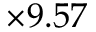
\times 9 . 5 7